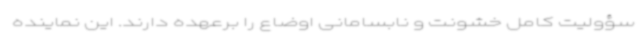
سؤولیت کامل خشونت و نابسامانی اوضاع را برعهده دارند. این نماینده